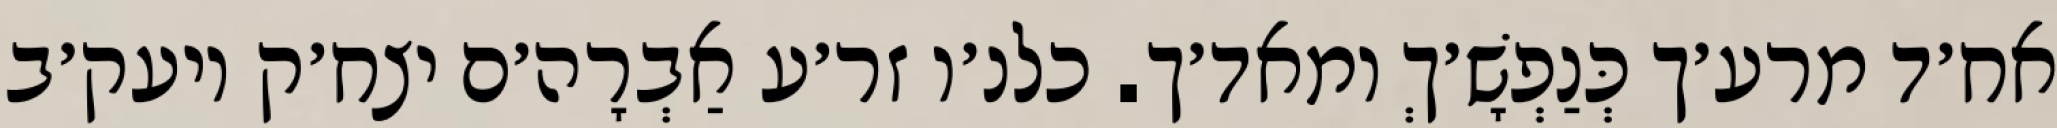
אח׳ד מרע׳ך כְּנַפְשָׁ׳ךְ ומאד׳ך. כלנ׳ו זר׳ע אַבְרָה׳ם יצח׳ק ויעק׳ב